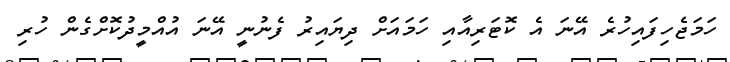
ހަމަޖެހިފައިހުރެ އޭނަ އެ ކޮޓަރިއާއި ހަމައަށް ދިޔައިރު ފެނުނީ އޭނަ އުއްމީދުކޮށްގެން ހުރި